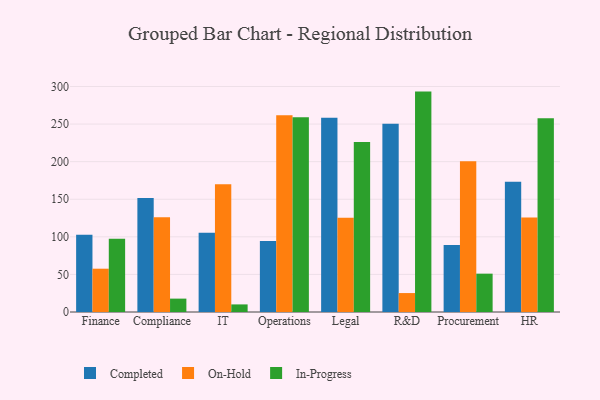
{"axis": {"x": "Department", "y": "Waste Production (Tons)"}, "legend": ["Completed", "In-Progress", "On-Hold"], "data": [{"x": "Finance", "y": 102.7, "type": "Completed"}, {"x": "Finance", "y": 57.6, "type": "On-Hold"}, {"x": "Finance", "y": 97.6, "type": "In-Progress"}, {"x": "Compliance", "y": 151.6, "type": "Completed"}, {"x": "Compliance", "y": 126.1, "type": "On-Hold"}, {"x": "Compliance", "y": 17.8, "type": "In-Progress"}, {"x": "IT", "y": 105.4, "type": "Completed"}, {"x": "IT", "y": 170.0, "type": "On-Hold"}, {"x": "IT", "y": 10.1, "type": "In-Progress"}, {"x": "Operations", "y": 94.3, "type": "Completed"}, {"x": "Operations", "y": 261.6, "type": "On-Hold"}, {"x": "Operations", "y": 259.0, "type": "In-Progress"}, {"x": "Legal", "y": 258.4, "type": "Completed"}, {"x": "Legal", "y": 125.4, "type": "On-Hold"}, {"x": "Legal", "y": 226.2, "type": "In-Progress"}, {"x": "R&D", "y": 250.5, "type": "Completed"}, {"x": "R&D", "y": 25.2, "type": "On-Hold"}, {"x": "R&D", "y": 293.2, "type": "In-Progress"}, {"x": "Procurement", "y": 89.1, "type": "Completed"}, {"x": "Procurement", "y": 200.4, "type": "On-Hold"}, {"x": "Procurement", "y": 51.0, "type": "In-Progress"}, {"x": "HR", "y": 173.3, "type": "Completed"}, {"x": "HR", "y": 125.7, "type": "On-Hold"}, {"x": "HR", "y": 257.6, "type": "In-Progress"}]}